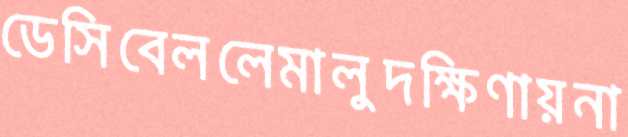
ডেসিবেললেমালুদক্ষিণায়না